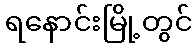
ရနောင်းမြို့တွင်